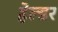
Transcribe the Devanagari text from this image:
हेल्डर